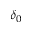
\delta _ { 0 }